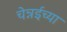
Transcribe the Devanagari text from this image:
चेन्नईच्‍या